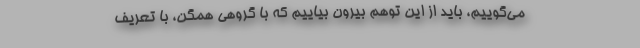
می‌گوییم، باید از این توهم بیرون بیاییم که با گروهی همگن، با تعریف